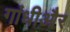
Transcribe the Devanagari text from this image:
गांधीऔर